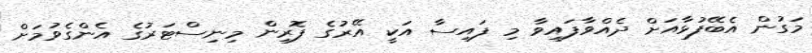
މަގުން އެބޭފުޅާއަށް ދެއްވާފައިވާ މި ފައިސާ އަކީ އޭރުގެ ފޮރިން މިނިސްޓަރުގެ އެންގެވުމަށް